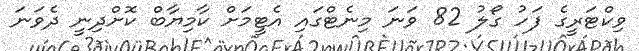
ވިކްޓަރީގެ ފަހު ގޯލު 82 ވަނަ މިނެޓްގައި އެޓީމަށް ކާމިޔާބް ކޮށްދިނީ ދެވަނަ